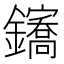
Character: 𲇪